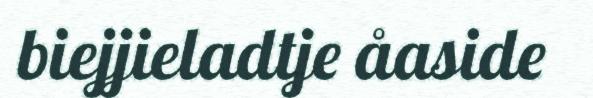
biejjieladtje åaside